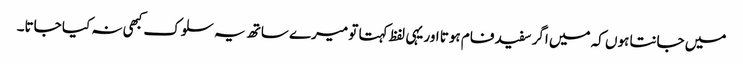
میں جانتا ہوں کہ میں اگر سفید فام ہوتا اور یہی لفظ کہتا تو میرے ساتھ یہ سلوک کبھی نہ کیا جاتا۔